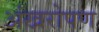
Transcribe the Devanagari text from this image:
अंखरोपण